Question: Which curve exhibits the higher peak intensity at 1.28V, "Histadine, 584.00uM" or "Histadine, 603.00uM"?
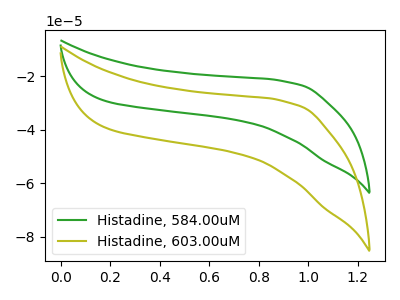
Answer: <think>The green curve "Histadine, 584.00uM" has no peaks. The olive curve "Histadine, 603.00uM" has no peaks.</think>
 <answer>"Histadine, 584.00uM" and "Histadine, 603.00uM" dont share a peak at 1.28V.</answer>
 <eval>mismatch</eval>